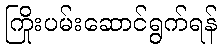
ကြိုးပမ်းဆောင်ရွက်ရန်